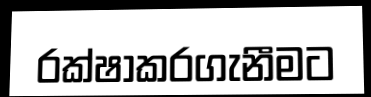
රක්ෂාකරගැනීමට